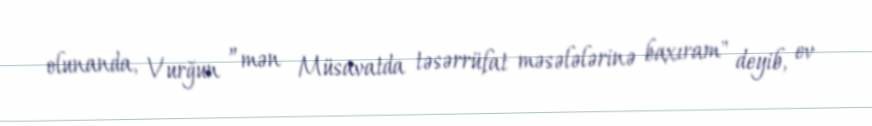
olunanda, Vurğun ”mən Müsavatda təsərrüfat məsələlərinə baxıram" deyib, ev